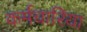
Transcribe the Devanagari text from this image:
कर्मचारिया